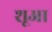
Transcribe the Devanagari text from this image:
शूआ